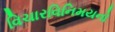
વિચારવિનિમયનો